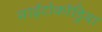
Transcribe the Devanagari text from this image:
माईटोकोंड्रिया